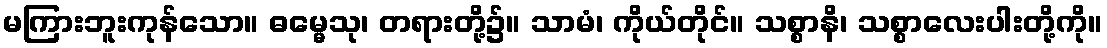
မကြားဘူးကုန်သော။ ဓမ္မေသု၊ တရားတို့၌။ သာမံ၊ ကိုယ်တိုင်။ သစ္စာနိ၊ သစ္စာလေးပါးတို့ကို။